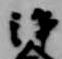
浄